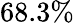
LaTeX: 68.3\%